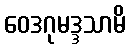
ဝေဒဂုမဒ္ဒသာမိ